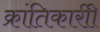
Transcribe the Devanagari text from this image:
क्रांतिकारीी